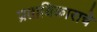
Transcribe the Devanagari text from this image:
प्रताधिकाराचे